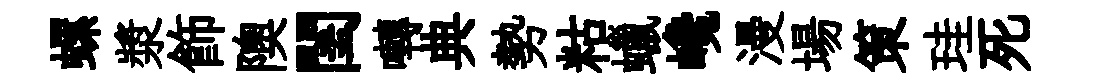
螺漿飾隩閨囀典勢䊀蠟巉漫場策珪死